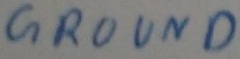
Text: GROUND